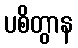
ပစိတွာန